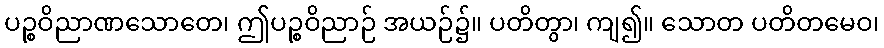
ပဉ္စဝိညာဏသောတေ၊ ဤပဉ္စဝိညာဉ် အယဉ်၌။ ပတိတွာ၊ ကျ၍။ သောတ ပတိတမေဝ၊